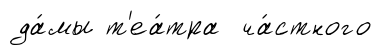
да́мы т'еа́тра ча́стного